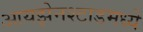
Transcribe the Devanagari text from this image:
आयझेनश्टाडमध्ये